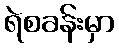
ရဲစခန်းမှာ